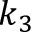
k _ { 3 }